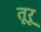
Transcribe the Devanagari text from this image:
तूरू